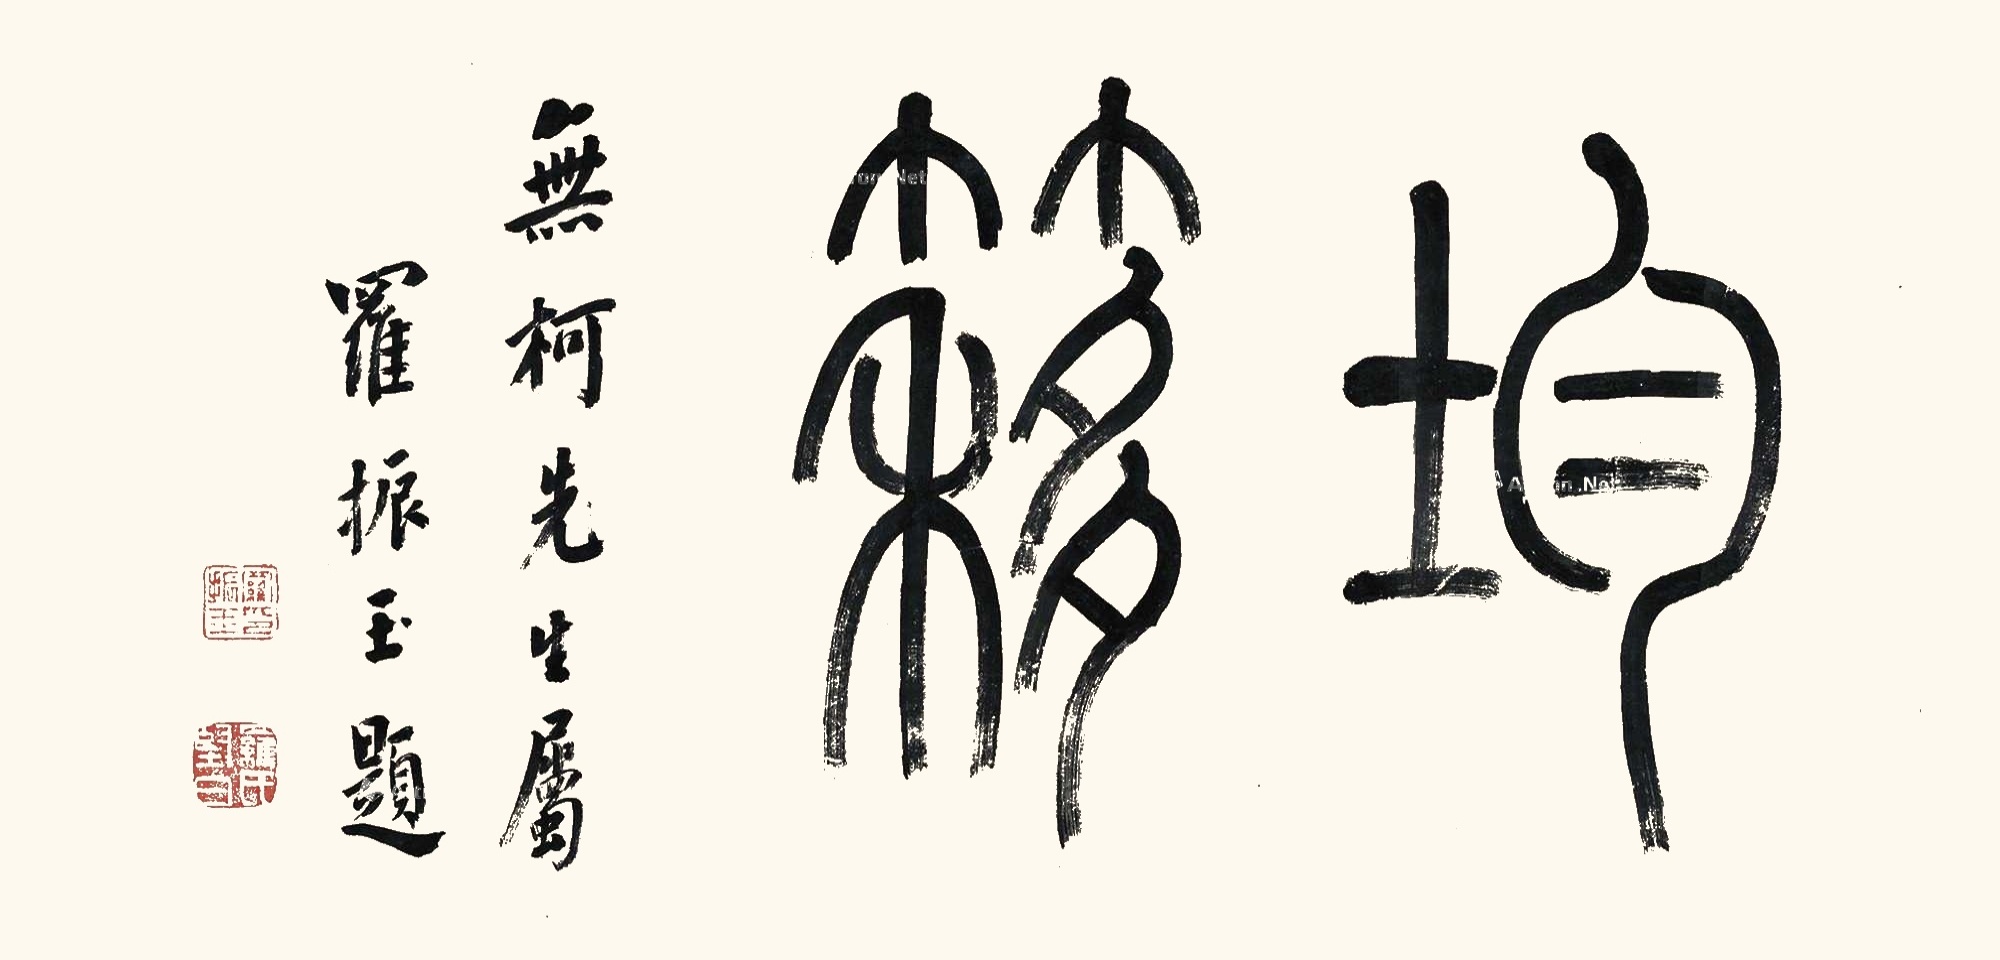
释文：均簃。无柯先生属，罗振玉题。